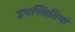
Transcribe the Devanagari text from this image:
उपस्थितियां